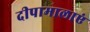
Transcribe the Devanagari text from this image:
दीपामालाएं